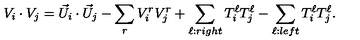
V _ { i } \cdot V _ { j } = { \vec { U } } _ { i } \cdot { \vec { U } } _ { j } - \sum _ { r } V _ { i } ^ { r } V _ { j } ^ { r } + \sum _ { \ell : r i g h t } T _ { i } ^ { \ell } T _ { j } ^ { \ell } - \sum _ { \ell : l e f t } T _ { i } ^ { \ell } T _ { j } ^ { \ell } .